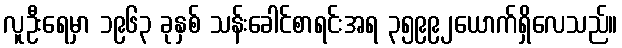
လူဦးရေမှာ ၁၉၆၃ ခုနှစ် သန်းခေါင်စာရင်းအရ ၃၅၉၉၂ယောက်ရှိလေသည်။